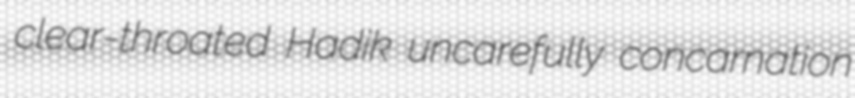
clear-throated Hadik uncarefully concarnation